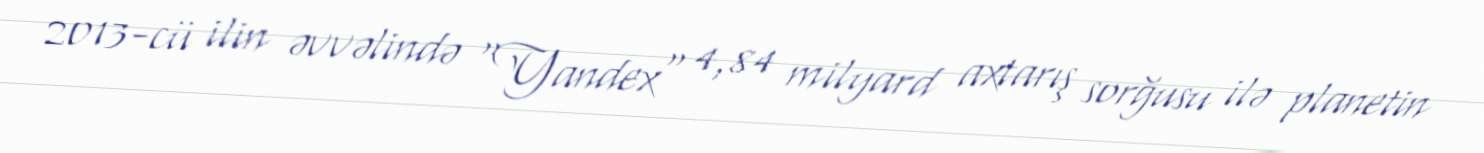
2013-cü ilin əvvəlində "Yandex" 4,84 milyard axtarış sorğusu ilə planetin